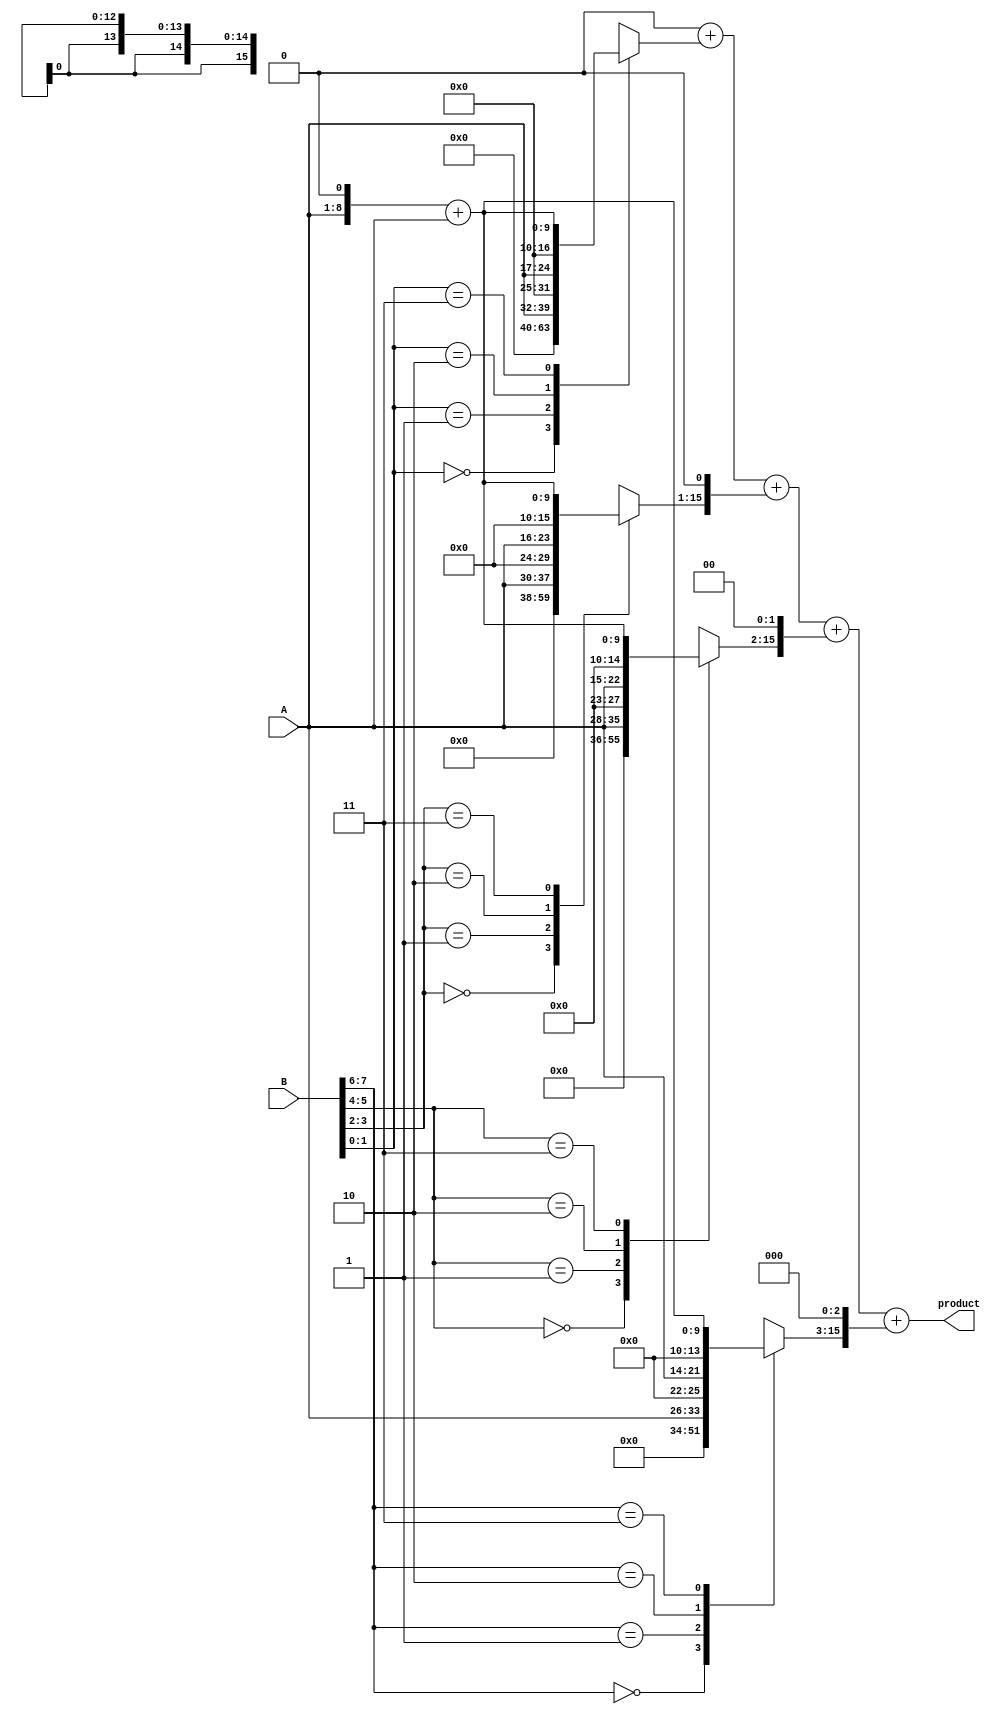
module radix4_multiplier #(parameter N = 8) (
    input [N-1:0] A, // Multiplicand
    input [N-1:0] B, // Multiplier
    output reg [2*N-1:0] product // Product output
);

    reg [2*N-1:0] partial_product [0:N/2]; // Array to hold partial products
    reg [N-1:0] B_reg; // Register for the multiplier
    integer i;

    // Function to generate partial product based on encoded value
    function [2*N-1:0] generate_partial_product;
        input [1:0] encoded_value;
        input [2*N-1:0] multiplicand;
        begin
            case (encoded_value)
                2'b00: generate_partial_product = 0; // 0
                2'b01: generate_partial_product = multiplicand; // A
                2'b10: generate_partial_product = multiplicand << 1; // 2 * A
                2'b11: generate_partial_product = (multiplicand << 1) + multiplicand; // 3 * A
                2'b10: generate_partial_product = ~multiplicand + 1; // -A
                2'b11: generate_partial_product = (~(multiplicand << 1) + 1); // -2 * A
                default: generate_partial_product = 0;
            endcase
        end
    endfunction
    
    always @(*) begin
        B_reg = {2'b00, B}; // Extend B for overlapping pairs
        product = 0; // Initialize product to 0

        // Generate partial products based on the encoded values
        for (i = 0; i < N/2; i = i + 1) begin
            case (B_reg[2*i +: 2]) // Take 2 bits at a time
                2'b00: partial_product[i] = 0; // 0
                2'b01: partial_product[i] = A; // A
                2'b10: partial_product[i] = A << 1; // 2 * A
                2'b11: partial_product[i] = (A << 1) + A; // 3 * A
                2'b10: partial_product[i] = ~A + 1; // -A
                2'b11: partial_product[i] = (~(A << 1) + 1); // -2 * A
                default: partial_product[i] = 0;
            endcase
        end

        // Accumulate partial products
        for (i = 0; i < N/2; i = i + 1) begin
            product = product + (partial_product[i] << (i * 1)); // Shifted accumulation
        end
    end

endmodule